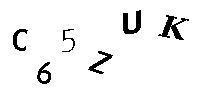
C65ZUK